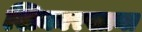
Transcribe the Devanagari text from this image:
शिकारखाना